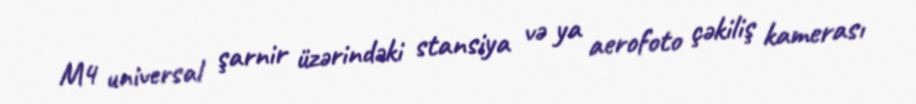
M4 universal şarnir üzərindəki stansiya və ya aerofoto çəkiliş kamerası